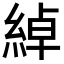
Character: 綽